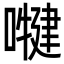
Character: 𭋑